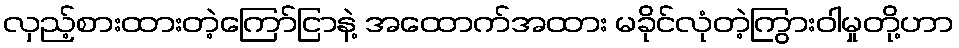
လှည့်စားထားတဲ့ကြော်ငြာနဲ့ အထောက်အထား မခိုင်လုံတဲ့ကြွားဝါမှုတို့ဟာ